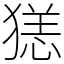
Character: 㺊